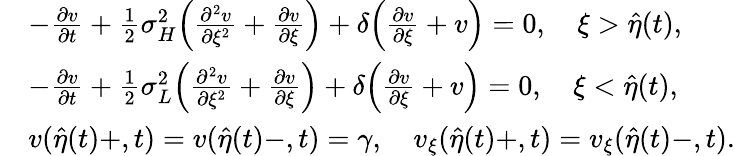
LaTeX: \begin{array}{rl}&{-\frac{{\partial}v}{{\partial}t}+\frac 12{\sigma}_{H}^{2}\Big(\frac{{\partial}^{2}v}{{\partial}\xi^{2}}+\frac{{\partial}v}{{\partial}\xi}\Big)+\delta\Big(\frac{{\partial}v}{{\partial}\xi}+v\Big)=0,\quad\xi>\hat{\eta}(t),}\\ &{-\frac{{\partial}v}{{\partial}t}+\frac 12{\sigma}_{L}^{2}\Big(\frac{{\partial}^{2}v}{{\partial}\xi^{2}}+\frac{{\partial}v}{{\partial}\xi}\Big)+\delta\Big(\frac{{\partial}v}{{\partial}\xi}+v\Big)=0,\quad\xi<\hat{\eta}(t),}\\ &{v(\hat{\eta}(t)+,t)=v(\hat{\eta}(t)-,t)=\gamma,\quad v_{\xi}(\hat{\eta}(t)+,t)=v_{\xi}(\hat{\eta}(t)-,t).}\end{array}